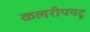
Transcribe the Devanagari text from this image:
कलरीपयटू